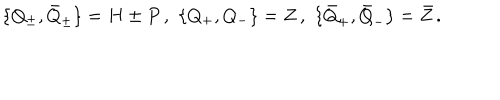
\{ Q _ { \pm } , \bar { Q } _ { \pm } \} = H \pm P \, , \, \, \{ Q _ { + } , Q _ { - } \} = Z \, , \, \, \{ \bar { Q } _ { + } , \bar { Q } _ { - } \} = \bar { Z } \, .